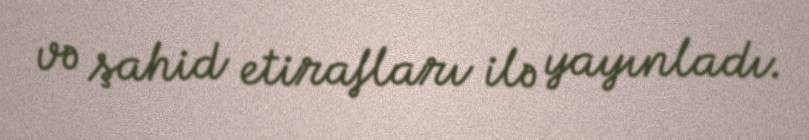
və şahid etirafları ilə yayınladı.